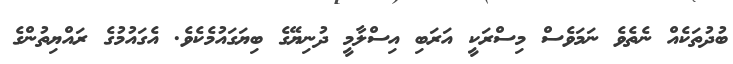
ބުދުތަކެއް ނެތެވެ ނަމަވެސް މިސްރަކީ އަރަބި އިސްލާމީ ދުނިޔޭގެ ބިޔަގައުމެކެވެ. އެގައުމުގެ ރައްޔިތުންގެ